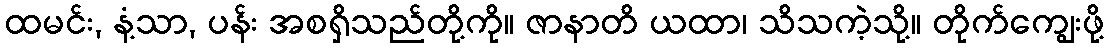
ထမင်း, နံ့သာ, ပန်း အစရှိသည်တို့ကို။ ဇာနာတိ ယထာ၊ သိသကဲ့သို့။ တိုက်ကျွေးဖို့